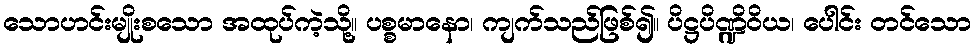
သောဟင်းမျိုးစသော အထုပ်ကဲ့သို့။ ပစ္စမာနော၊ ကျက်သည်ဖြစ်၍။ ပိဋ္ဌပိဏ္ဍိဝိယ၊ ပေါင်း တင်သော